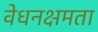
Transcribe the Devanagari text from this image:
वेधनक्षमता